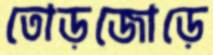
তোড়জোড়ে